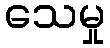
သေမှု